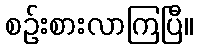
စဉ်းစားလာကြပြီ။